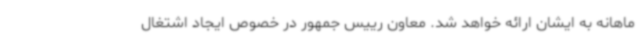
ماهانه به ایشان ارائه خواهد شد. معاون رییس جمهور در خصوص ایجاد اشتغال